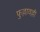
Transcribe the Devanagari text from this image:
फुल्लावल्ली